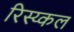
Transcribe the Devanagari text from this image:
रिस्य्कल